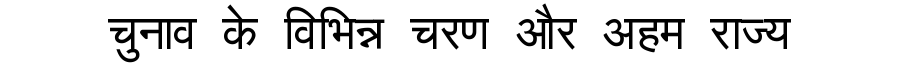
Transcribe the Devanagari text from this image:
चुनाव के विभिन्न चरण और अहम राज्य